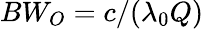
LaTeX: BW_{O}=c/(\lambda_{0}Q)